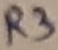
Text: R3